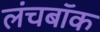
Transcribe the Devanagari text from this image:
लंचबॉक